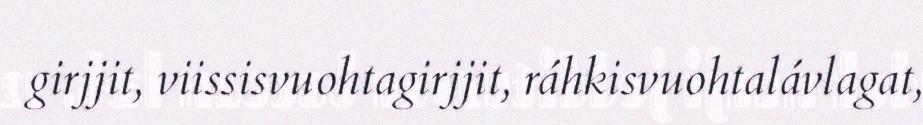
girjjit, viissisvuohtagirjjit, ráhkisvuohtalávlagat,